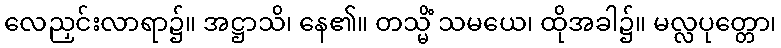
လေညှင်းလာရာ၌။ အဋ္ဌာသိ၊ နေ၏။ တသ္မိံ သမယေ၊ ထိုအခါ၌။ မလ္လပုတ္တော၊